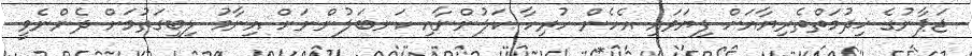
ޖަޕާނުގެ ޚިދުމަތްތެރިޔާއަށް ފިޔަވައި އެހެން ހުރިހާ ކަލުންނާއި ކަނބަލުންނަށް އިނާމު ލިބިގަތުމަށް ދެންނެވީ